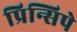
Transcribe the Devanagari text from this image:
प्रिन्सिपे